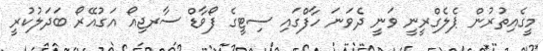
މީގެއިތުރުން ޕެލެގްރީނީ ވަނީ ދެވަަނަ ހާފްގައި ސިޓީގެ ފޯވާޑް ސާރޖިއޯ އަގުއޭރޯ ބަދަލުކުރީ